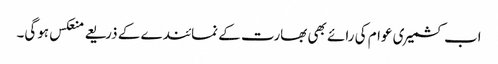
اب کشمیری عوام کی رائے بھی بھارت کے نمائندے کے ذریعے منعکس ہوگی۔